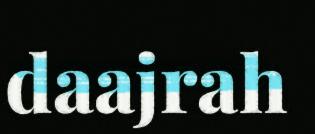
daajrah